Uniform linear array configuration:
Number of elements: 12
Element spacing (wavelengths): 1
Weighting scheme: kaiser
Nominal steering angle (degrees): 30
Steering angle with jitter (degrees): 30.43
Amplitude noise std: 0.05
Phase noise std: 0.05

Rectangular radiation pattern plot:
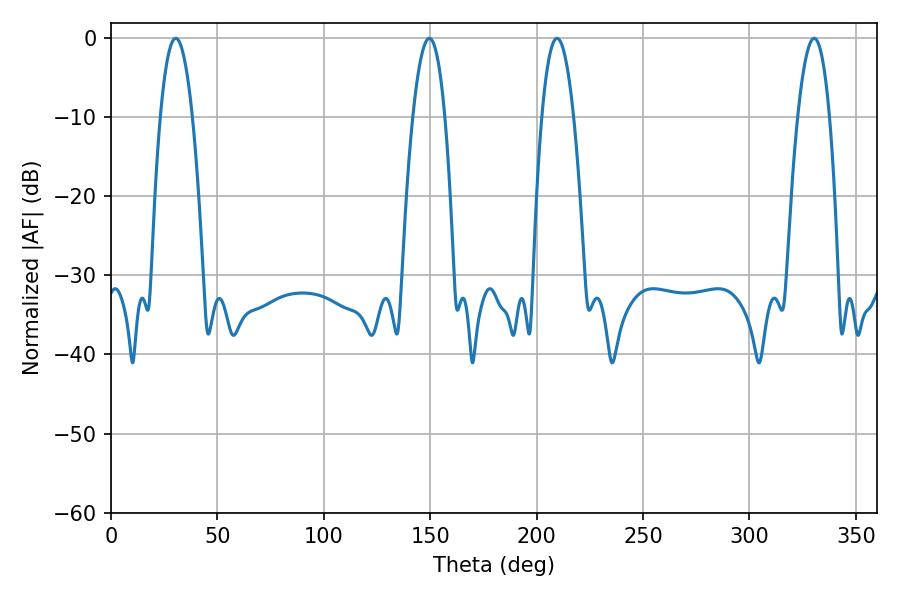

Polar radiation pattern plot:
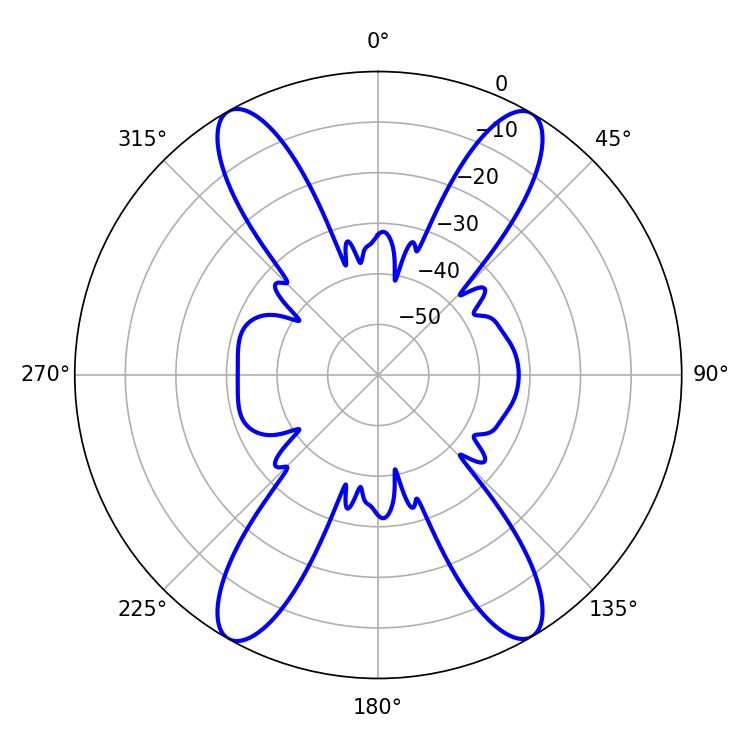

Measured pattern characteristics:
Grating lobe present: TRUE
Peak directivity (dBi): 26.081
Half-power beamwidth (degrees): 8.46
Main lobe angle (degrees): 30.42